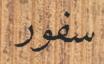
سفور